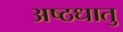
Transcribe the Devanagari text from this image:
अष्ठधातु